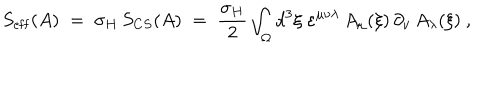
LaTeX: S _ { \mathrm { e f f } } ( A ) \; = \; \sigma _ { H } \, S _ { C S } ( A ) \; = \; \frac { \sigma _ { H } } { 2 } \int _ { \Omega } d ^ { 3 } \xi \; \varepsilon ^ { \mu \nu \lambda } \, A _ { \mu } ( \xi ) \, \partial _ { \nu } \, A _ { \lambda } ( \xi ) ~ ,